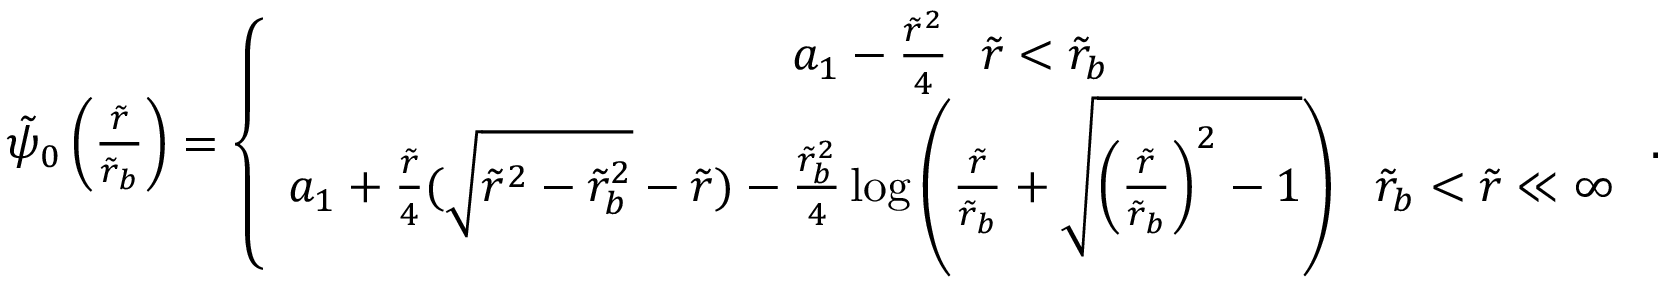
\begin{array} { r } { \tilde { \psi } _ { 0 } \left( \frac { \tilde { r } } { \tilde { r } _ { b } } \right) = \left\{ \begin{array} { c } { a _ { 1 } - \frac { \tilde { r } ^ { 2 } } { 4 } ~ ~ \tilde { r } < \tilde { r } _ { b } } \\ { a _ { 1 } + \frac { \tilde { r } } { 4 } ( \sqrt { \tilde { r } ^ { 2 } - \tilde { r } _ { b } ^ { 2 } } - \tilde { r } ) - \frac { \tilde { r } _ { b } ^ { 2 } } { 4 } \log \left( \frac { \tilde { r } } { \tilde { r } _ { b } } + \sqrt { \left( \frac { \tilde { r } } { \tilde { r } _ { b } } \right) ^ { 2 } - 1 } \right) ~ ~ \tilde { r } _ { b } < \tilde { r } \ll \infty } \end{array} \right. . } \end{array}